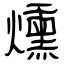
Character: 燻